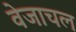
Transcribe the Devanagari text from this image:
वेजाचल